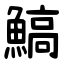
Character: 鰝